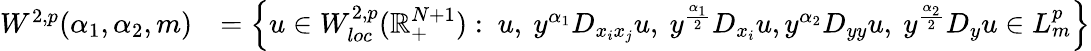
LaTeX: \begin{array}{rl}{W^{2,p}(\alpha_{1},\alpha_{2},m)}&{=\left\{ u\in W_{loc}^{2,p}(\mathbb{R}_{+}^{N+1}):\ u,\ y^{\alpha_{1}}D_{x_{i}x_{j}}u,\ y^{\frac{\alpha_{1}}{2}}D_{x_{i}}u,y^{\alpha_{2}}D_{yy}u,\ y^{\frac{\alpha_{2}}{2}}D_{y}u\in L_{m}^{p}\right\} }\end{array}